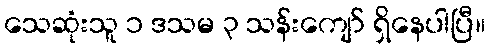
သေဆုံးသူ ၁ ဒသမ ၃ သန်းကျော် ရှိနေပါပြီ။